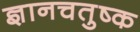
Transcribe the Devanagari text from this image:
ज्ञानचतुष्क